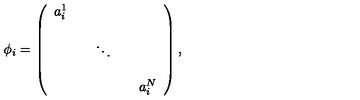
\phi _ { i } = \left( \begin{array} { c c c c c } { a _ { i } ^ { 1 } } & { } & { } & { } & { } \\ { } & { } & { } & { } & { } \\ { } & { } & { \ddots } & { } & { } \\ { } & { } & { } & { } & { } \\ { } & { } & { } & { } & { a _ { i } ^ { N } } \\ \end{array} \right) ,